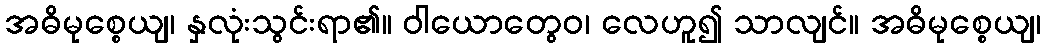
အဓိမုစ္စေယျ၊ နှလုံးသွင်းရာ၏။ ဝါယောတွေဝ၊ လေဟူ၍ သာလျင်။ အဓိမုစ္စေယျ၊